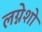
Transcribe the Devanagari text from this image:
लग्नेशो